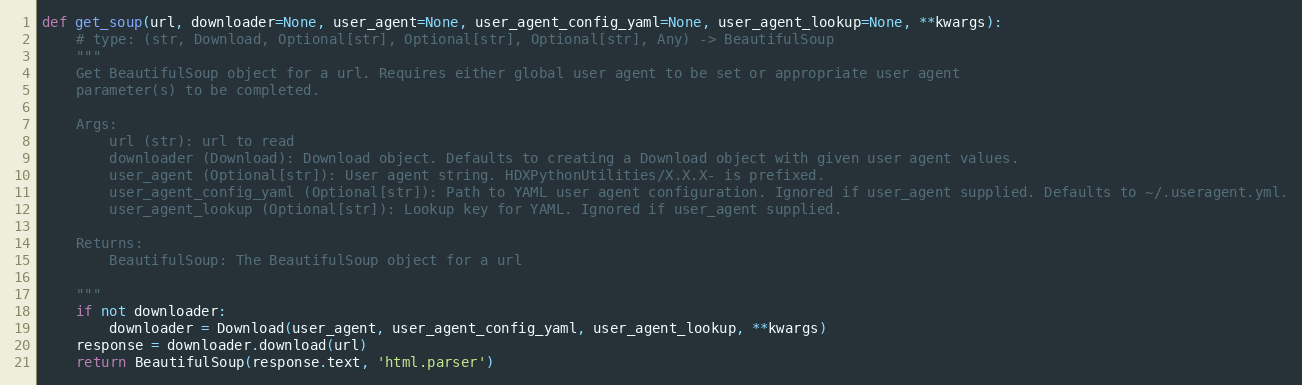
Language: Python
def get_soup(url, downloader=None, user_agent=None, user_agent_config_yaml=None, user_agent_lookup=None, **kwargs):
    # type: (str, Download, Optional[str], Optional[str], Optional[str], Any) -> BeautifulSoup
    """
    Get BeautifulSoup object for a url. Requires either global user agent to be set or appropriate user agent
    parameter(s) to be completed.

    Args:
        url (str): url to read
        downloader (Download): Download object. Defaults to creating a Download object with given user agent values.
        user_agent (Optional[str]): User agent string. HDXPythonUtilities/X.X.X- is prefixed.
        user_agent_config_yaml (Optional[str]): Path to YAML user agent configuration. Ignored if user_agent supplied. Defaults to ~/.useragent.yml.
        user_agent_lookup (Optional[str]): Lookup key for YAML. Ignored if user_agent supplied.

    Returns:
        BeautifulSoup: The BeautifulSoup object for a url

    """
    if not downloader:
        downloader = Download(user_agent, user_agent_config_yaml, user_agent_lookup, **kwargs)
    response = downloader.download(url)
    return BeautifulSoup(response.text, 'html.parser')